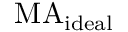
\mathrm { M A } _ { \mathrm { i d e a l } }